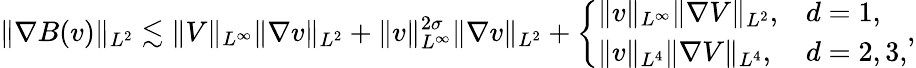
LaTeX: \| \nabla B(v)\| _{L^{2}}\lesssim\| V\| _{L^{\infty}}\| \nabla v\| _{L^{2}}+\| v\| _{L^{\infty}}^{2\sigma}\| \nabla v\| _{L^{2}}+\left\{ \begin{array}{ll}{\| v\| _{L^{\infty}}\| \nabla V\| _{L^{2}},}&{d=1,}\\ {\| v\| _{L^{4}}\| \nabla V\| _{L^{4}},}&{d=2,3,}\end{array}\right.,